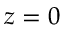
z = 0